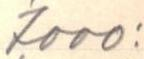
7000: